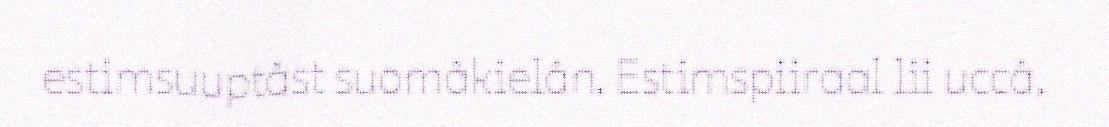
estimsuuptâst suomâkielân. Estimspiiraal lii uccâ,